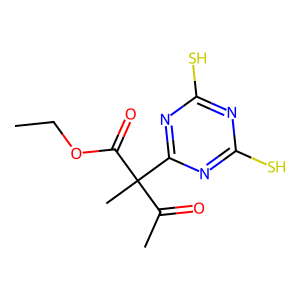
SMILES: CCOC(=O)C(C)(C(C)=O)c1nc(S)nc(S)n1
Inhibits HIV replication: No